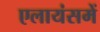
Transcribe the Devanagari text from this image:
एलायंसमें